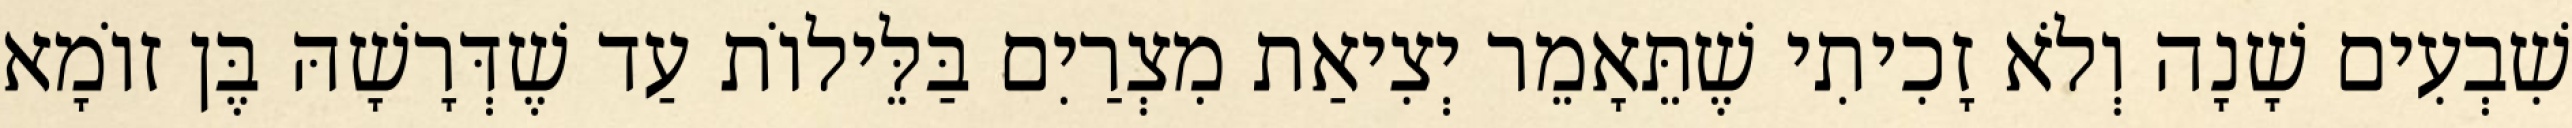
שִׁבְעִים שָׁנָה וְלֹא זָכִיתִי שֶׁתֵּאָמֵר יְצִיאַת מִצְרַיִם בַּלֵּילוֹת עַד שֶׁדְּרָשָׁהּ בֶּן זוֹמָא